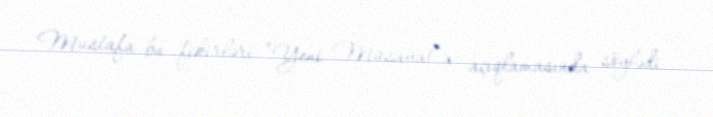
Mustafa bu fikirləri “Yeni Müsavat”a açıqlamasında söylədi.